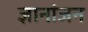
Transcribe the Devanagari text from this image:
ज्ञानांजन